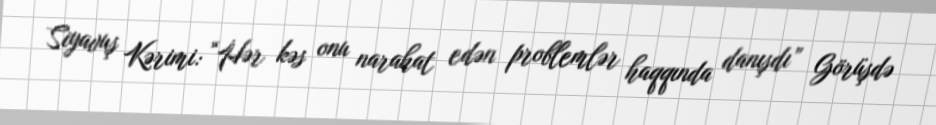
Siyavuş Kərimi: “Hər kəs onu narahat edən problemlər haqqında danışdı” Görüşdə